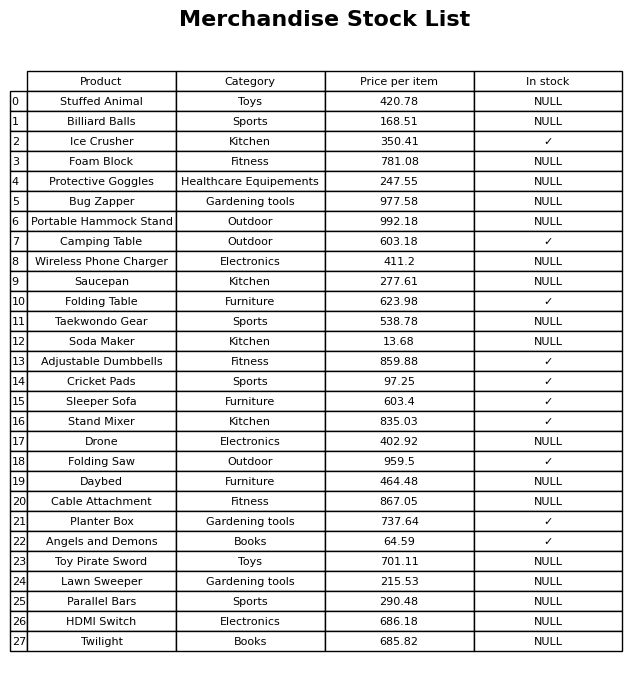
question: What is the price of the Parallel Bars?
answer: The price of Parallel Bars is 290.48.